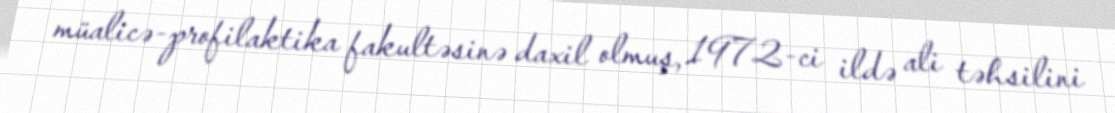
müalicə-profilaktika fakultəsinə daxil olmuş, 1972-ci ildə ali təhsilini